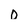
Character: D